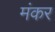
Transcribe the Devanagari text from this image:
मंकर